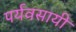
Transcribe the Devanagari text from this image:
पर्यवसायी